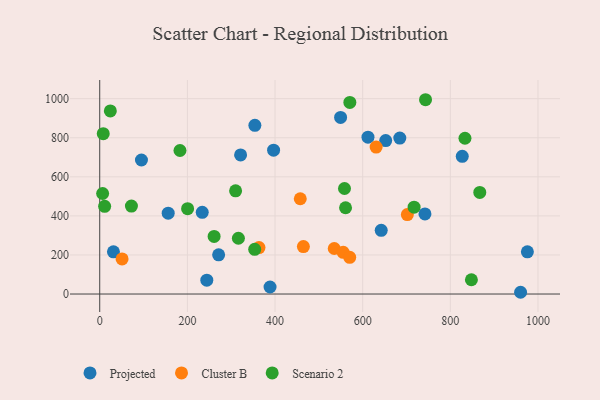
{"axis": {"x": "Price", "y": "Exam Score"}, "legend": ["Cluster B", "Projected", "Scenario 2"], "data": [{"x": "549.6", "y": 903.9, "type": "Projected"}, {"x": "684.7", "y": 798.2, "type": "Projected"}, {"x": "388.6", "y": 36.0, "type": "Projected"}, {"x": "321.4", "y": 712.2, "type": "Projected"}, {"x": "244.3", "y": 70.8, "type": "Projected"}, {"x": "612.1", "y": 802.8, "type": "Projected"}, {"x": "156.2", "y": 414.0, "type": "Projected"}, {"x": "396.7", "y": 736.3, "type": "Projected"}, {"x": "975.8", "y": 216.2, "type": "Projected"}, {"x": "354.0", "y": 863.6, "type": "Projected"}, {"x": "31.3", "y": 215.9, "type": "Projected"}, {"x": "95.2", "y": 686.2, "type": "Projected"}, {"x": "271.3", "y": 200.9, "type": "Projected"}, {"x": "827.2", "y": 704.7, "type": "Projected"}, {"x": "642.3", "y": 326.3, "type": "Projected"}, {"x": "742.1", "y": 409.9, "type": "Projected"}, {"x": "233.9", "y": 418.0, "type": "Projected"}, {"x": "960.3", "y": 9.0, "type": "Projected"}, {"x": "652.5", "y": 785.4, "type": "Projected"}, {"x": "535.1", "y": 233.0, "type": "Cluster B"}, {"x": "555.5", "y": 213.5, "type": "Cluster B"}, {"x": "464.7", "y": 243.1, "type": "Cluster B"}, {"x": "51.0", "y": 179.5, "type": "Cluster B"}, {"x": "701.9", "y": 406.6, "type": "Cluster B"}, {"x": "630.7", "y": 752.0, "type": "Cluster B"}, {"x": "570.4", "y": 187.8, "type": "Cluster B"}, {"x": "457.6", "y": 487.8, "type": "Cluster B"}, {"x": "363.4", "y": 238.0, "type": "Cluster B"}, {"x": "6.6", "y": 514.6, "type": "Scenario 2"}, {"x": "848.1", "y": 73.2, "type": "Scenario 2"}, {"x": "72.3", "y": 450.3, "type": "Scenario 2"}, {"x": "833.4", "y": 797.3, "type": "Scenario 2"}, {"x": "310.0", "y": 528.4, "type": "Scenario 2"}, {"x": "183.1", "y": 734.6, "type": "Scenario 2"}, {"x": "200.5", "y": 436.9, "type": "Scenario 2"}, {"x": "570.7", "y": 980.8, "type": "Scenario 2"}, {"x": "261.0", "y": 294.8, "type": "Scenario 2"}, {"x": "558.5", "y": 540.2, "type": "Scenario 2"}, {"x": "8.0", "y": 820.8, "type": "Scenario 2"}, {"x": "717.3", "y": 444.7, "type": "Scenario 2"}, {"x": "353.6", "y": 228.7, "type": "Scenario 2"}, {"x": "867.2", "y": 520.3, "type": "Scenario 2"}, {"x": "11.2", "y": 448.9, "type": "Scenario 2"}, {"x": "316.4", "y": 285.5, "type": "Scenario 2"}, {"x": "24.2", "y": 937.3, "type": "Scenario 2"}, {"x": "560.9", "y": 441.7, "type": "Scenario 2"}, {"x": "743.4", "y": 994.6, "type": "Scenario 2"}]}